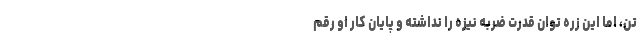
تن، اما این زره توان قدرت ضربه نیزه را نداشته و پایان کار او رقم